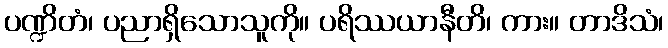
ပဏ္ဍိတံ၊ ပညာရှိသောသူကို။ ပရိဿယာနီတိ၊ ကား။ တာဒိသံ၊